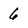
Character: 6